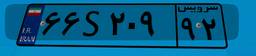
۶۶S۲۰۹۹۲